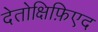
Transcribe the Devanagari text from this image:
देतोक्षिफ़िएद